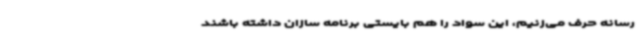
رسانه حرف می‌زنیم، این سواد را هم بایستی برنامه سازان داشته باشند